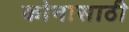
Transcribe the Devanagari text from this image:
कोनासाठी